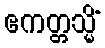
ဧကတ္တသ္မိံ